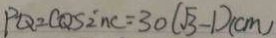
P Q = C Q \sin C = 3 0 ( \sqrt { 3 } - 1 ) ( c m )